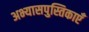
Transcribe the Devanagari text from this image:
अभ्यासपुस्तिकाएँ